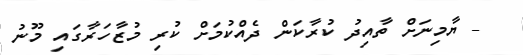
- ޔާމިނަށް ތާއިދު ކުރާކަން ދެއްކުމަށް ކުރި މުޒާހަރާގައި މޫނު